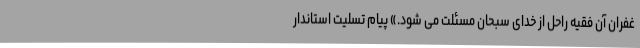
غفران آن فقیه راحل از خدای سبحان مسئلت می شود.» پیام تسلیت استاندار